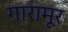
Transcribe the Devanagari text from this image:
गारामूर